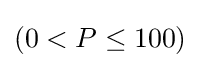
(0<P\leq 100)